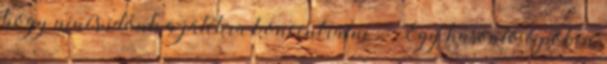
hogy nincs időnk a játékra koncentrálni” „Egy hasonló cipőben